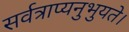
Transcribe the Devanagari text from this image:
सर्वत्राप्यनुभुयते।